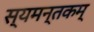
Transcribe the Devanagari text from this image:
स्यमन्तकम्